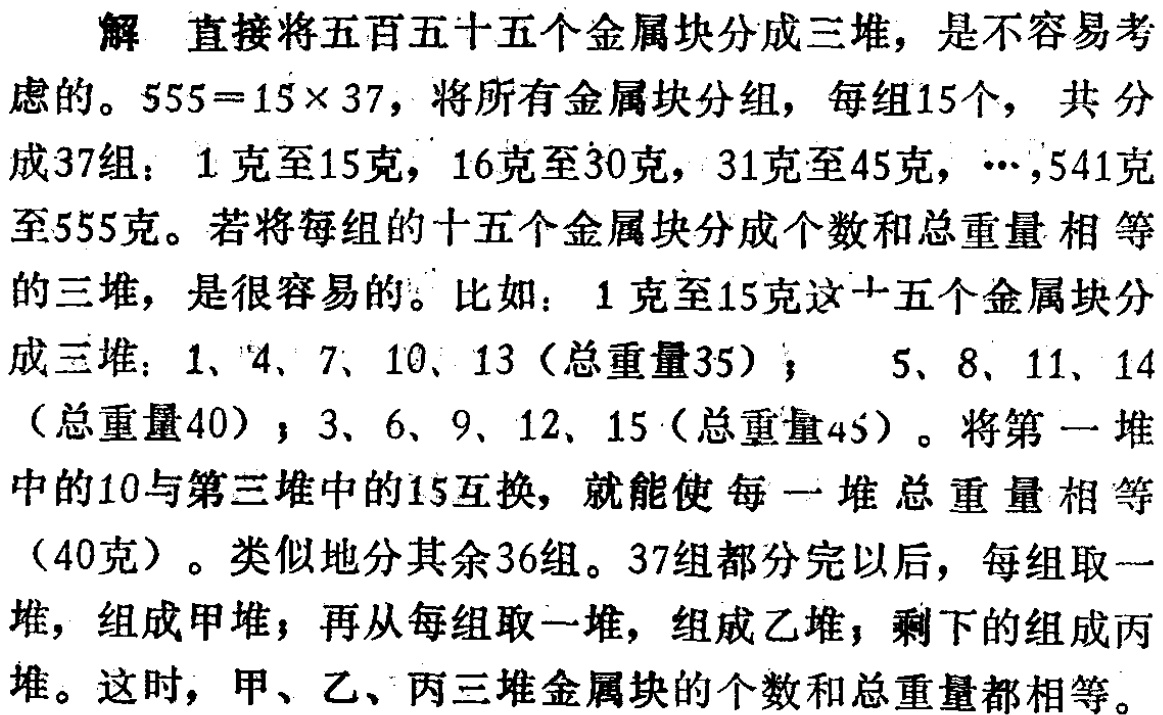
解 直接将五百五十五个金属块分成三堆，是不容易考

虑的。\(555 = 15\times37\)，将所有金属块分组，每组15个， 共 分

成37组：1 克至15克，16克至30克，31克至45克，\(\cdots\)，541克

至555克。若将每组的十五个金属块分成个数和总重量 相 等

的三堆，是很容易的。比如：1 克至15克这十五个金属块分

成三堆：1、4、7、10、13（总重量35）； 5、8、11、14

（总重量40）；3、6、9、12、15（总重量45）。将第 一 堆

中的10与第三堆中的15互换，就能使 每 一 堆 总 重 量 相 等

（40克）。类似地分其余36组。37组都分完以后，每组取一

堆，组成甲堆；再从每组取一堆，组成乙堆；剩下的组成丙

堆。这时，甲、乙、丙三堆金属块的个数和总重量都相等。